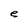
Character: e